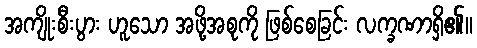
အကျိုးစီးပွား ဟူသော အဖို့အစုကို ဖြစ်စေခြင်း လက္ခဏာရှိ၏။